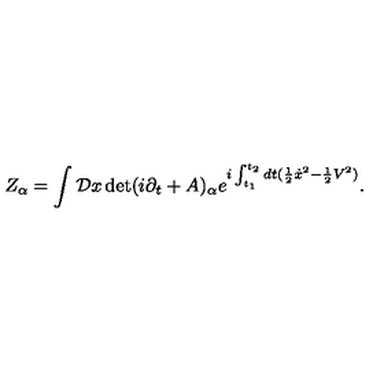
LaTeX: Z _ { \alpha } = \int { \cal D } x \det ( i \partial _ { t } + A ) _ { \alpha } e ^ { i \int _ { t _ { 1 } } ^ { t _ { 2 } } d t ( { \frac { 1 } { 2 } } { \dot { x } } ^ { 2 } - { \frac { 1 } { 2 } } V ^ { 2 } ) } .